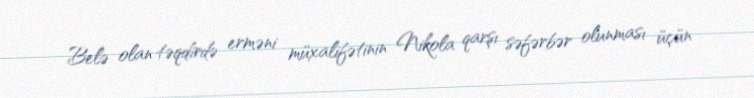
Belə olan təqdirdə erməni müxalifətinin Nikola qarşı səfərbər olunması üçün